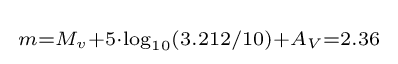
{\begin{smallmatrix}m=M_{v}+5\cdot \log _{10}(3.212/10)+A_{V}=2.36\end{smallmatrix}}